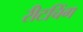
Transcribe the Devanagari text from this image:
रीटचिंग